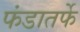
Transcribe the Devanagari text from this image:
फंडातर्फे